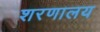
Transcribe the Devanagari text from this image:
शरणालय